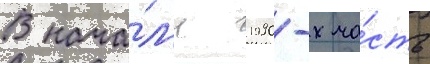
В нача́л'е 1990-х ча́сть